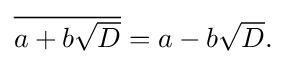
{\textstyle {\overline {a+b{\sqrt {D}}}}=a-b{\sqrt {D}}.}